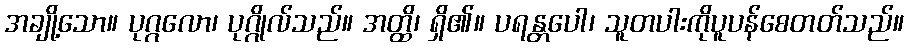
အချို့သော။ ပုဂ္ဂလော၊ ပုဂ္ဂိုလ်သည်။ အတ္ထိ၊ ရှိ၏။ ပရန္တပေါ၊ သူတပါးကိုပူပန်စေတတ်သည်။